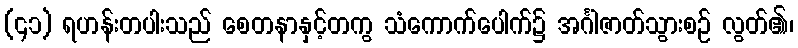
(၄၁) ရဟန်းတပါးသည် စေတနာနှင့်တကွ သံကောက်ပေါက်၌ အင်္ဂါဇာတ်သွားစဉ် လွတ်၏၊